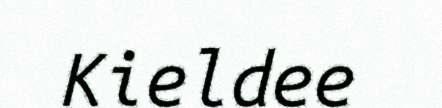
Kieldee